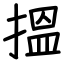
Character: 搵